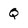
Character: Q